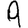
Digit: 9